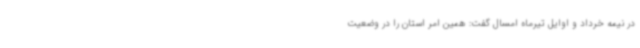
در نیمه خرداد و اوایل تیرماه امسال گفت: همین امر استان را در وضعیت